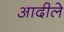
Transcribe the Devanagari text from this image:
आदीले